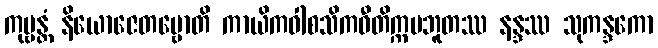
ကုဗ္ဗန္တံ နိယောဇေတဗ္ဗောတိ ကာယိကဝါစသိကဝီတိက္ကမဘူတဿ နန္ဒဿ သုကန္ဒကော